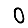
Digit: 0